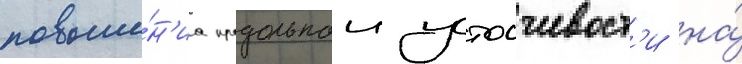
повыше́н'иа продольнои устоичивост'и на́